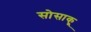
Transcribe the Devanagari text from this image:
सोसाकू